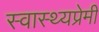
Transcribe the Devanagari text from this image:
स्वास्थ्यप्रेमी